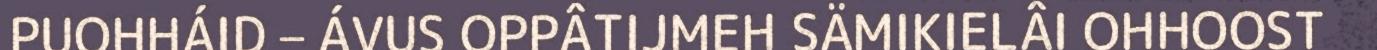
PUOHHÁID – ÁVUS OPPÂTIJMEH SÄMIKIELÂI OHHOOST